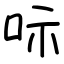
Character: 呩